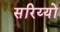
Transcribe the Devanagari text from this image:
सरिय्यों